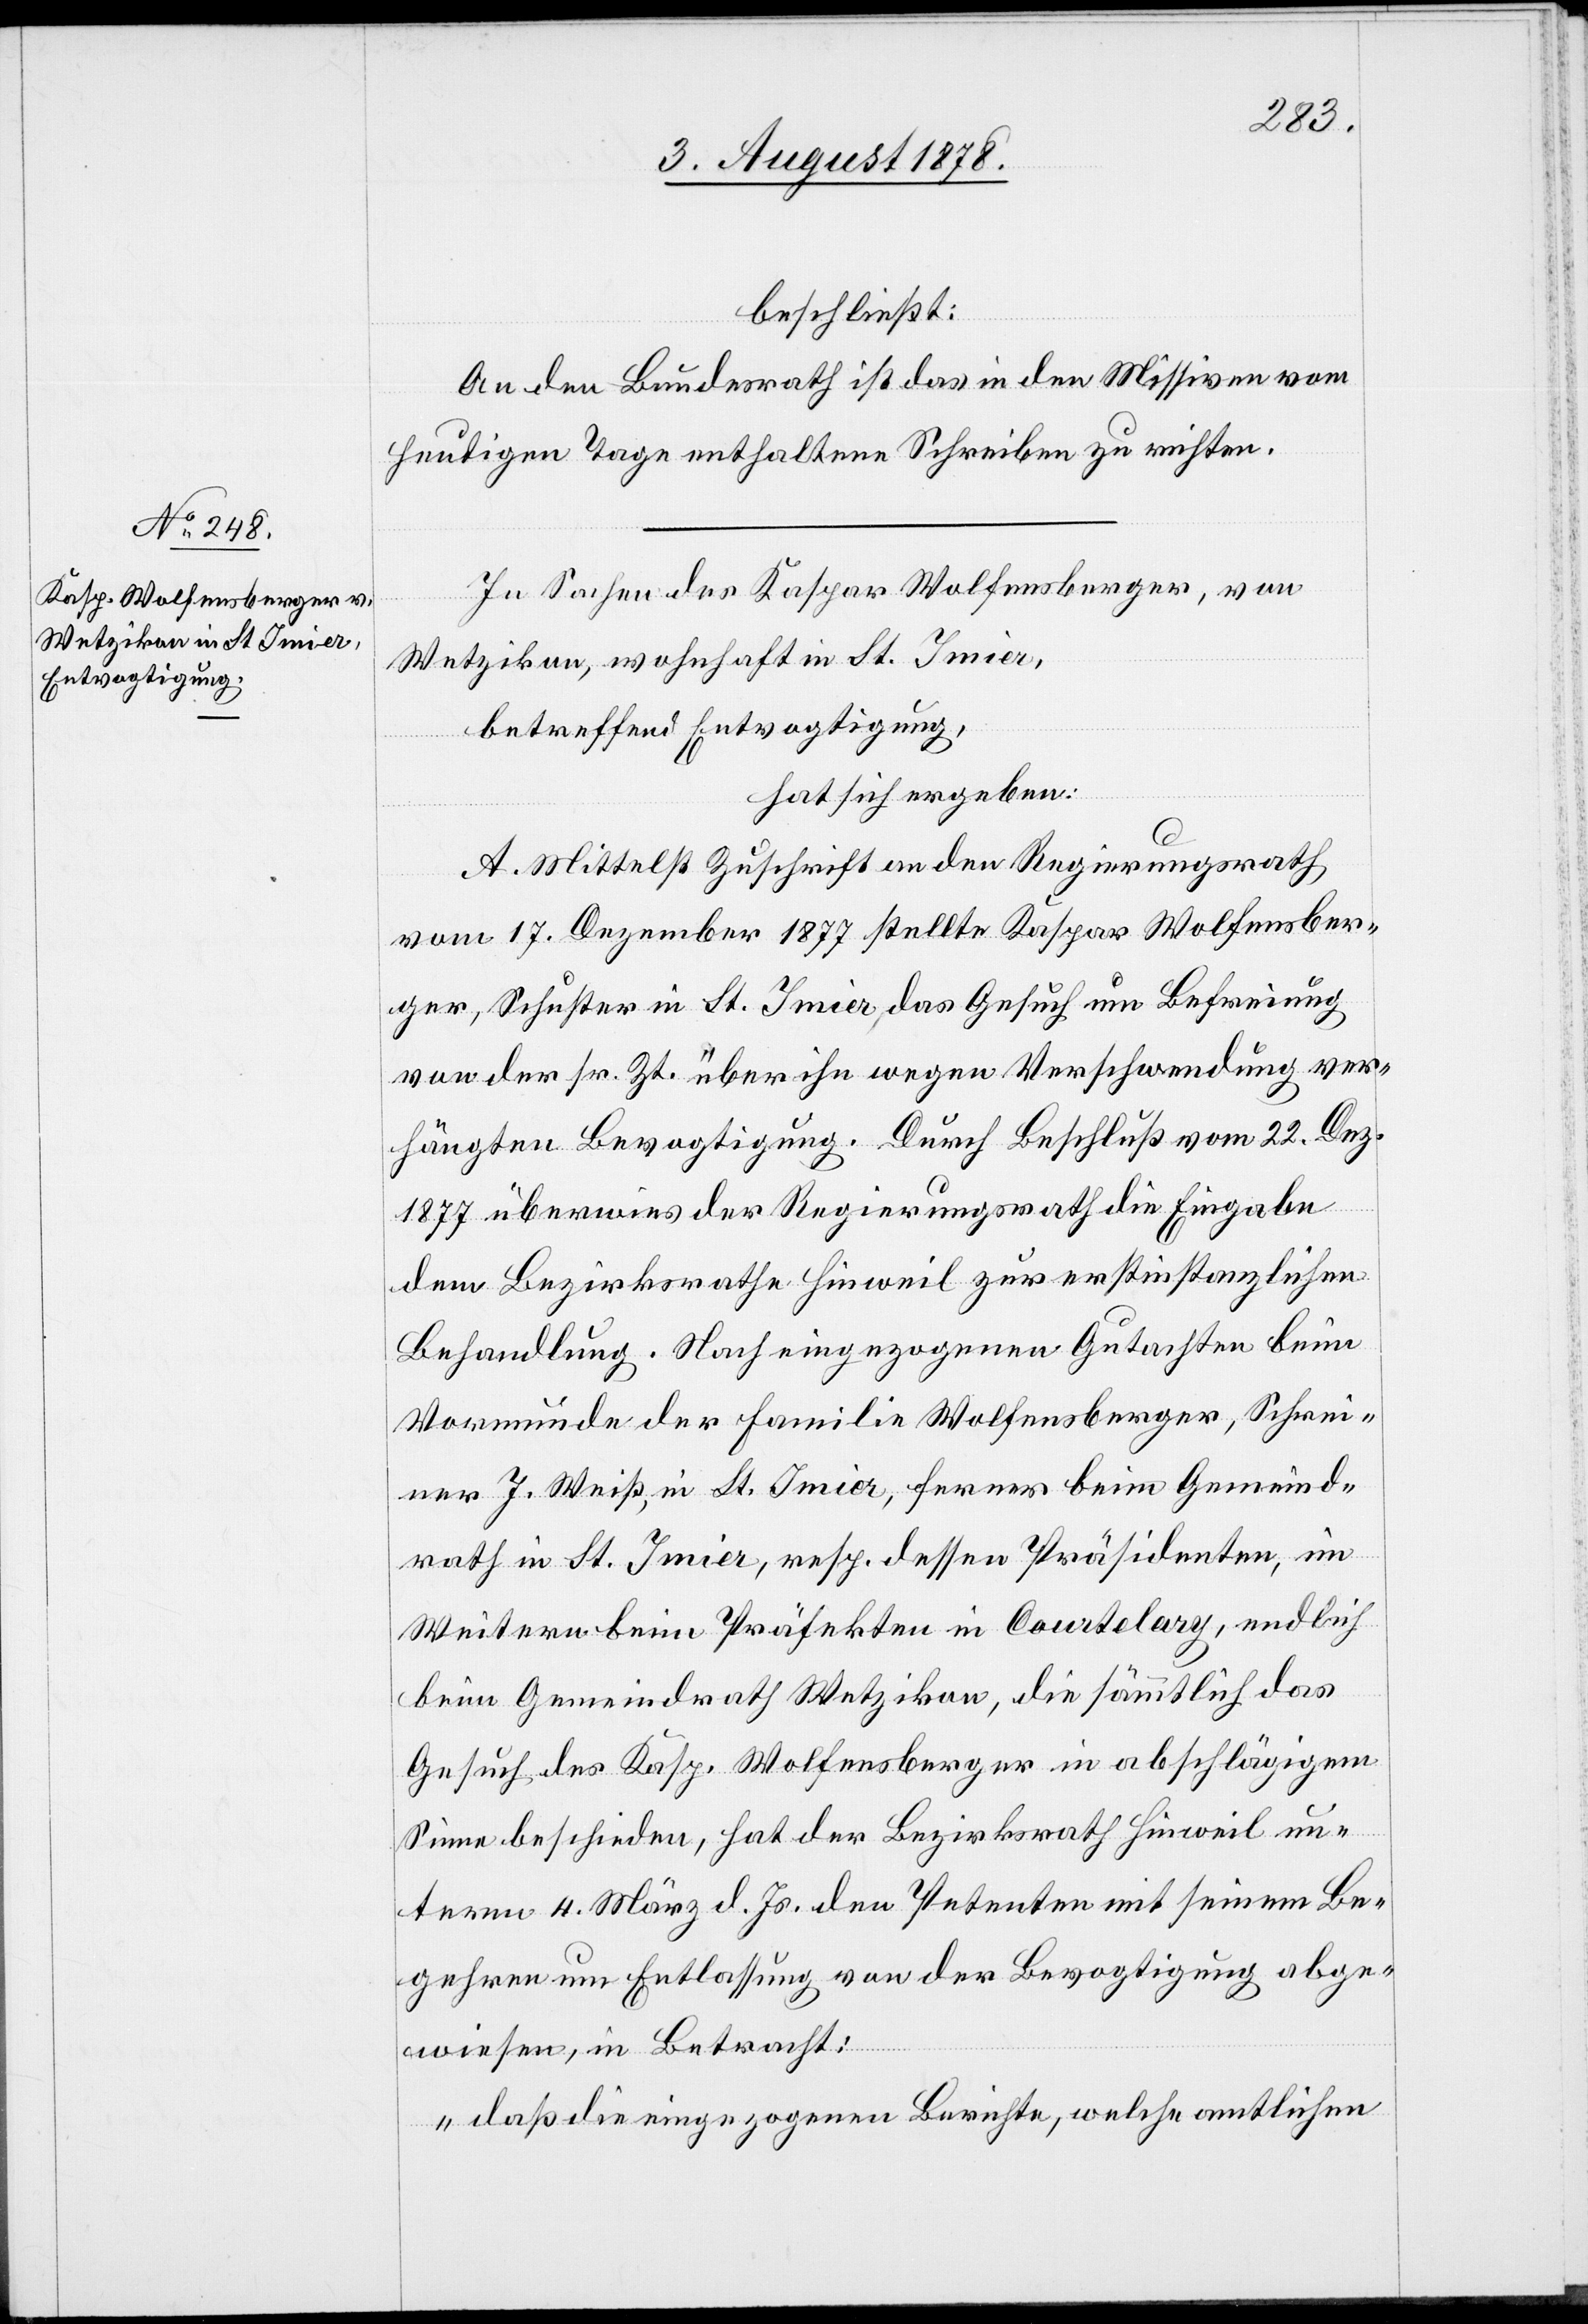
beschließt:
An den Bundesrath ist das in den Missiven vom
heutigen Tage enthaltene Schreiben zu richten.
In Sachen des Kaspar Wolfensberger, von
Wetzikon, wohnhaft in St. Imier,
betreffend Entvogtigung,
hat sich ergeben:
A. Mittelst Zuschrift an den Regierungsrath
vom 17. Dezember 1877 stellte Kaspar Wolfensber¬
ger, Schuster in St. Imier, das Gesuch um Befreiung
von der sr. Zt. über ihn wegen Verschwendung ver¬
hängten Bevogtigung. Durch Beschluß vom 22. Dez.
1877 überwies der Regierungsrath die Eingabe
dem Bezirksrathe Hinweil zur erstinstanzlichen
Behandlung. Nach eingezogenem Gutachten beim
Vormunde der Familie Wolfensberger, Schrei¬
ner J. Weiß, in St. Imier, ferner beim Gemeind¬
rath in St. Imier, resp. dessen Präsidenten, im
Weitern beim Präfekten in Courtelary, endlich
beim Gemeindrath Wetzikon, die sämmtlich das
Gesuch des Kasp. Wolfensberger in abschlägigem
Sinne beschieden, hat der Bezirksrath Hinweil un¬
term 4. März d. Js. dem Petenten mit seinem Be¬
gehren um Entlassung von der Bevogtigung abge¬
wiesen, in Betracht:
„daß die eingezogenen Berichte, welche amtlichen